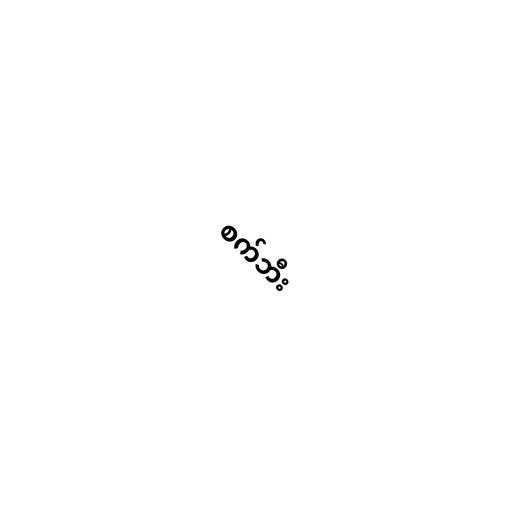
စက်ဘီး